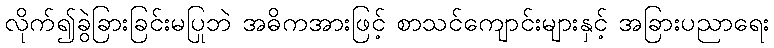
လိုက်၍ခွဲခြားခြင်းမပြုဘဲ အဓိကအားဖြင့် စာသင်ကျောင်းများနှင့် အခြားပညာရေး